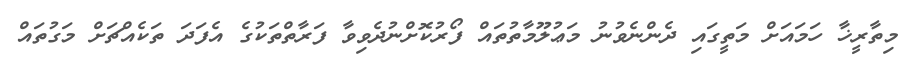
މިތާރީޚާ ހަމައަށް މަތީގައި ދެންނެވުނު މަޢުލޫމާތުތައް ފޯރުކޮށްނުދެވިވާ ފަރާތްތަކުގެ އެފަދަ ތަކެއްޗަށް މަގުތައް